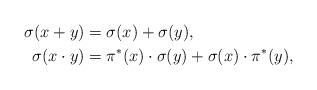
LaTeX: \begin{align*}\sigma(x+y)&=\sigma(x)+\sigma(y), \\\sigma(x\cdot y)&=\pi^*(x) \cdot \sigma (y)+\sigma(x) \cdot \pi^*(y),\end{align*}